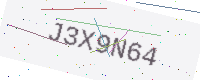
Text: J3X9N64